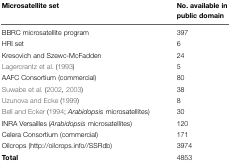
| Microsatellite set | No. available in public domain |
 | --- | --- |
 | BBRC microsatellite program | 397 |
 | HRI set | 6 |
 | Kresovich and Szewc-McFadden | 24 |
 | Lagercrantz et al. (1993) | 5 |
 | AAFC Consortium (commercial) | 80 |
 | Suwabe et al. (2002, 2003) | 38 |
 | Uzunova and Ecke (1999) | 8 |
 | Bell and Ecker (1994; Arabidopsis microsatellites) | 30 |
 | INRA Versailles (Arabidopsis microsatellites) | 120 |
 | Celera Consortium (commercial) | 171 |
 | Oilcrops (http://oilcrops.info//SSRdb) | 3974 |
 | Total | 4853 |